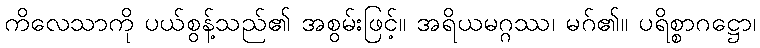
ကိလေသာကို ပယ်စွန့်သည်၏ အစွမ်းဖြင့်။ အရိယမဂ္ဂဿ၊ မဂ်၏။ ပရိစ္စာဂဋ္ဌော၊